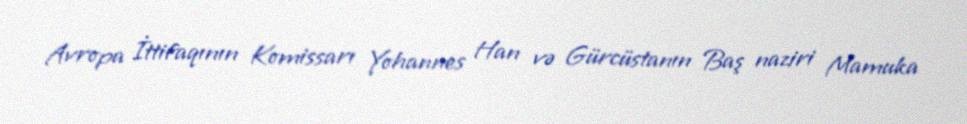
Avropa İttifaqının Komissarı Yohannes Han və Gürcüstanın Baş naziri Mamuka